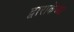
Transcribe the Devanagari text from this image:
द्वाराकेच्या